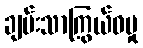
ချမ်းသာကြွယ်ဝမှု